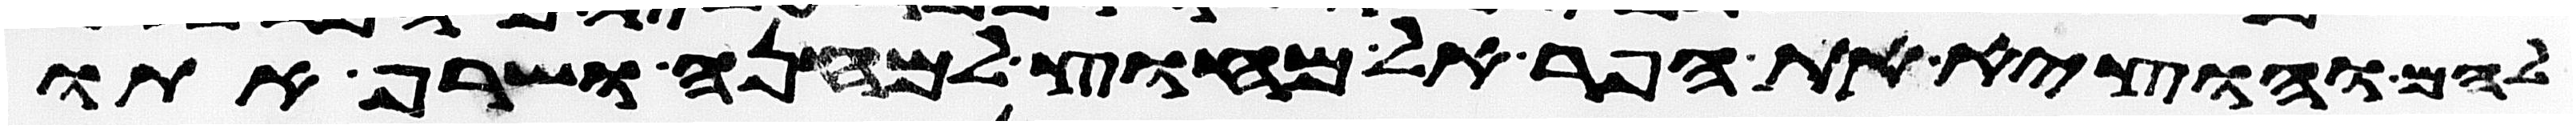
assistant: להם והוציא את הפר אל מחוץ למחנה ושרף אתו